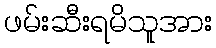
ဖမ်းဆီးရမိသူအား